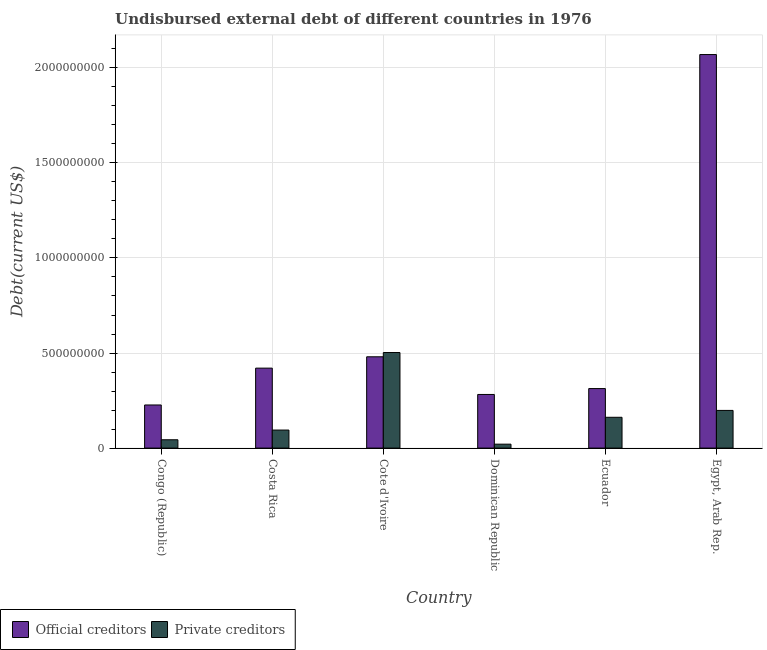
| Country | Official creditors | Private creditors |
 | --- | --- | --- |
 | Congo (Republic) | 2.27e+08 | 4.38e+07 |
 | Costa Rica | 4.21e+08 | 9.49e+07 |
 | Cote d'Ivoire | 4.8e+08 | 5.03e+08 |
 | Dominican Republic | 2.82e+08 | 2.07e+07 |
 | Ecuador | 3.13e+08 | 1.62e+08 |
 | Egypt, Arab Rep. | 2.07e+09 | 1.98e+08 |